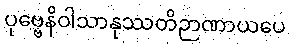
ပုဗ္ဗေနိဝါသာနုဿတိဉာဏာယပေ